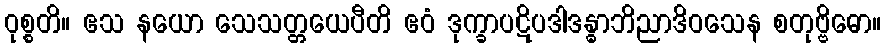
ဝုစ္စတိ။ ဧသ နယော သေသတ္တယေပီတိ ဧဝံ ဒုက္ခာပဋိပဒါဒန္ဓာဘိညာဒိဝသေန စတုဗ္ဗိဓော။